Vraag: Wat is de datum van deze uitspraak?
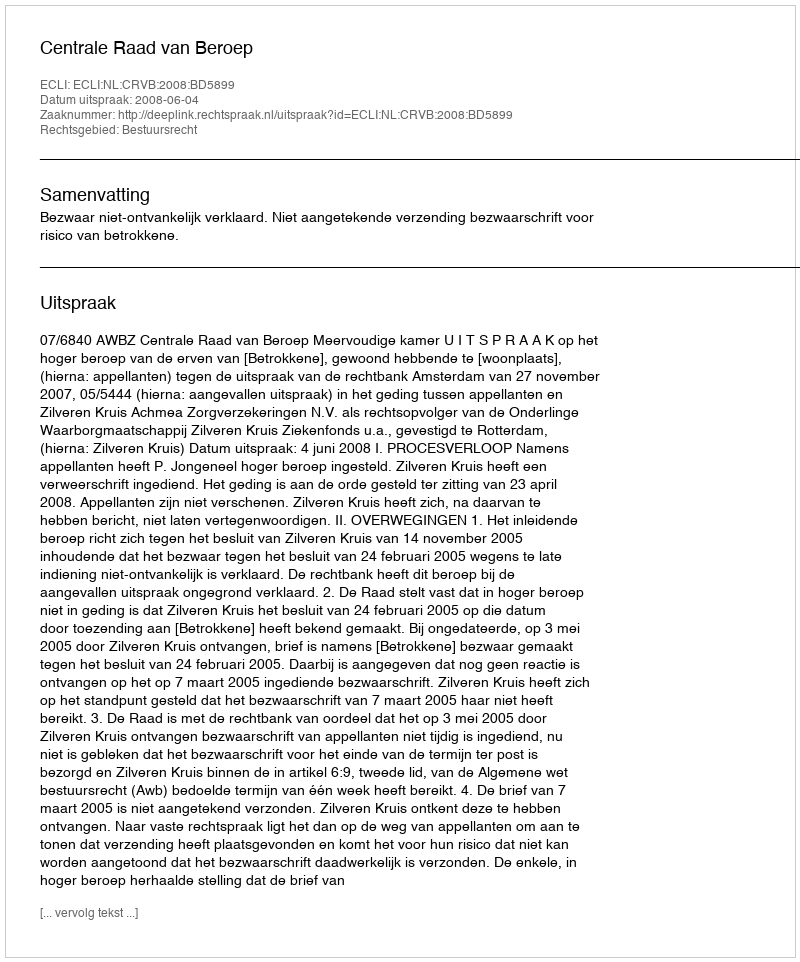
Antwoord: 2008-06-04